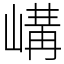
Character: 𡻉